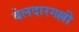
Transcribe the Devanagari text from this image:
बेलदारगल्ली